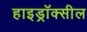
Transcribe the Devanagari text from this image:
हाइड्रॉक्सील